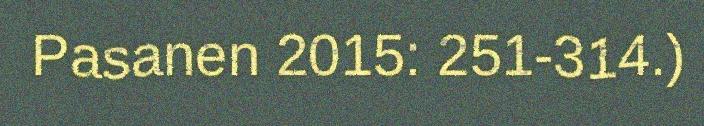
Pasanen 2015: 251-314.)